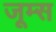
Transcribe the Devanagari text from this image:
जूम्स